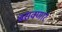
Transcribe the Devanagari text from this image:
बसवणार